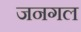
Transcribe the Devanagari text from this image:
जनगल